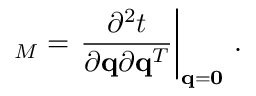
{ \bf \Gamma } _ { M } = \left. \frac { \partial ^ { 2 } t } { \partial { \bf q } \partial { \bf q } ^ { T } } \right| _ { { \bf q } = { \bf 0 } } \, .